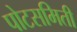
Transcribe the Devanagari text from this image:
पोटसमिती